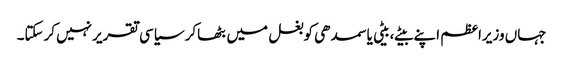
جہاں وزیراعظم اپنے بیٹے،بیٹی یا سمدھی کوبغل میں بٹھاکر سیاسی تقریرنہیں کرسکتا۔